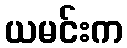
ယမင်းက